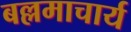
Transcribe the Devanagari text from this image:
बल्लमाचार्य